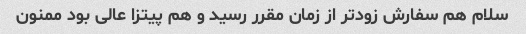
سلام هم سفارش زودتر از زمان مقرر رسید و هم پیتزا عالی بود ممنون